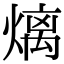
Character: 㷰